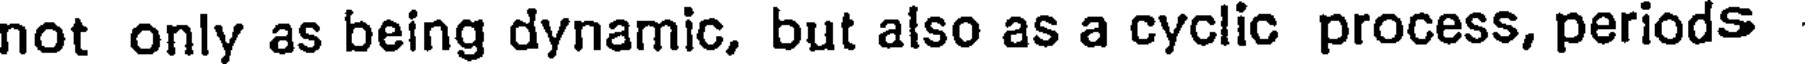
not only as being dynamic, but also as a cyclic process, periods